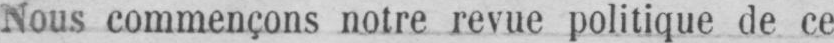
Nous commençons notre revue politique de ce